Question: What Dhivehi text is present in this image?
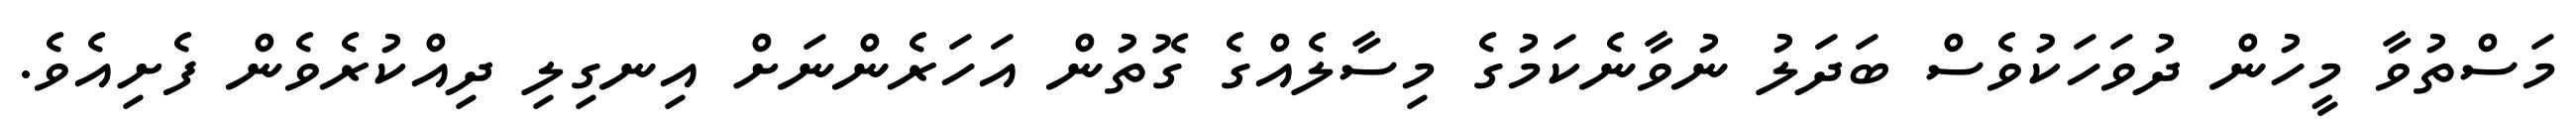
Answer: މަސްތުވާ މީހުން ދުވަހަކުވެސް ބަދަލު ނުވާނެކަމުގެ މިސާލެއްގެ ގޮތުން އަހަރެންނަށް އިނގިލި ދިއްކުރެވެން ފެށިއެވެ.